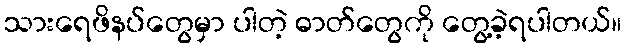
သားရေဖိနပ်တွေမှာ ပါတဲ့ ဓာတ်တွေကို တွေ့ခဲ့ရပါတယ်။